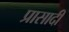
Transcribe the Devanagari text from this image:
प्रासादी